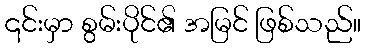
၎င်းမှာ စွမ်းပိုင်၏ အမြင် ဖြစ်သည်။